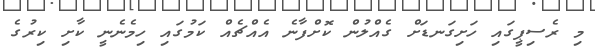
މި ރެސިޕީގައި ހަށިގަނޑަށް ގެއްލުން ކޮށްފާނެ އެއްޗެއް ކަމުގައި ހިމެނެނީ ކާށި ކިރުގެ